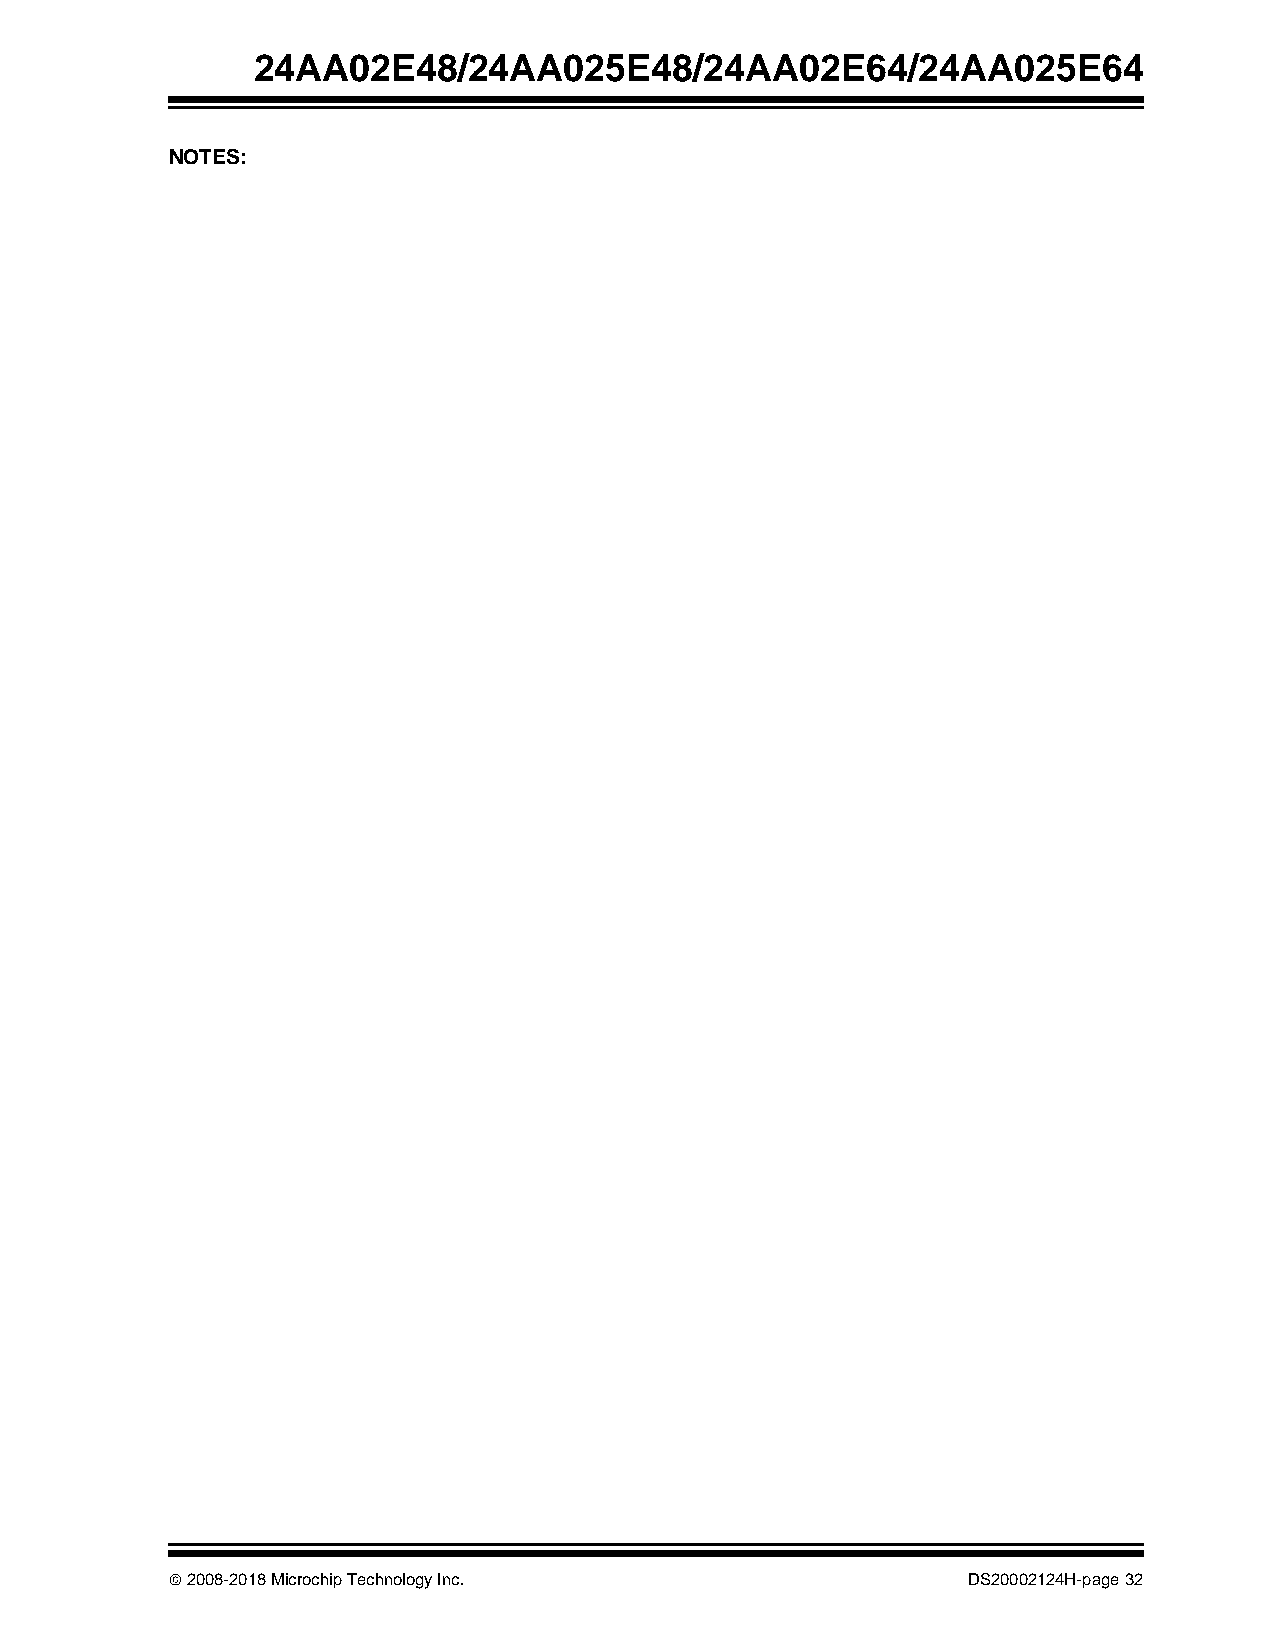
24AA02E48/24AA025E48/24AA02E64/24AA025E64
 NOTES:
  2008-2018 Microchip Technology Inc.                DS20002124H-page 32